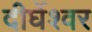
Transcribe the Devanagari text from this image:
दीर्घेश्वर